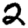
Digit: 2